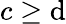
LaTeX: c\geq\mathrm{d}